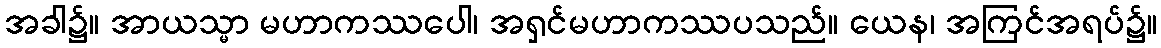
အခါ၌။ အာယသ္မာ မဟာကဿပေါ၊ အရှင်မဟာကဿပသည်။ ယေန၊ အကြင်အရပ်၌။